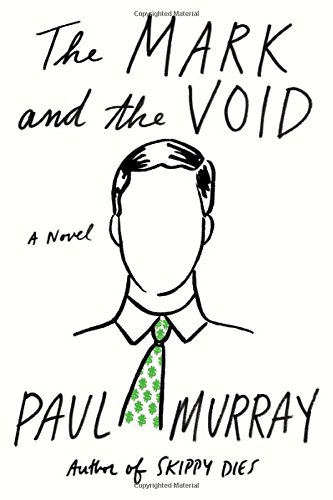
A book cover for The Mark and the Void: A Novel; Paul Murray; Literature & Fiction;